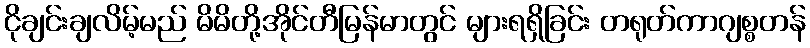
ငိုချင်းချလိမ့်မည် မိမိတို့အိုင်တီမြန်မာတွင် များရရှိခြင်း တရုတ်ကာဂျစ္စတန်